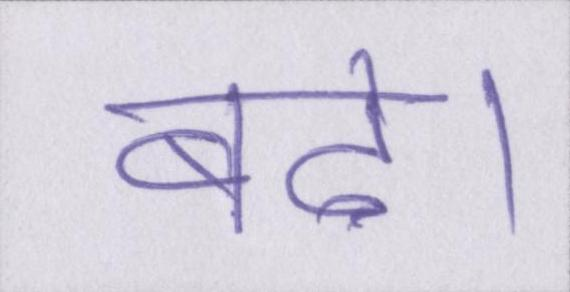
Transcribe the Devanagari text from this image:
बढे।